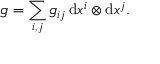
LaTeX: g = \sum _ { i , j } g _ { i j } \, \mathrm { d } x ^ { i } \otimes \mathrm { d } x ^ { j } .